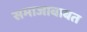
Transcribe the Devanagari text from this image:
समाजाबाबत